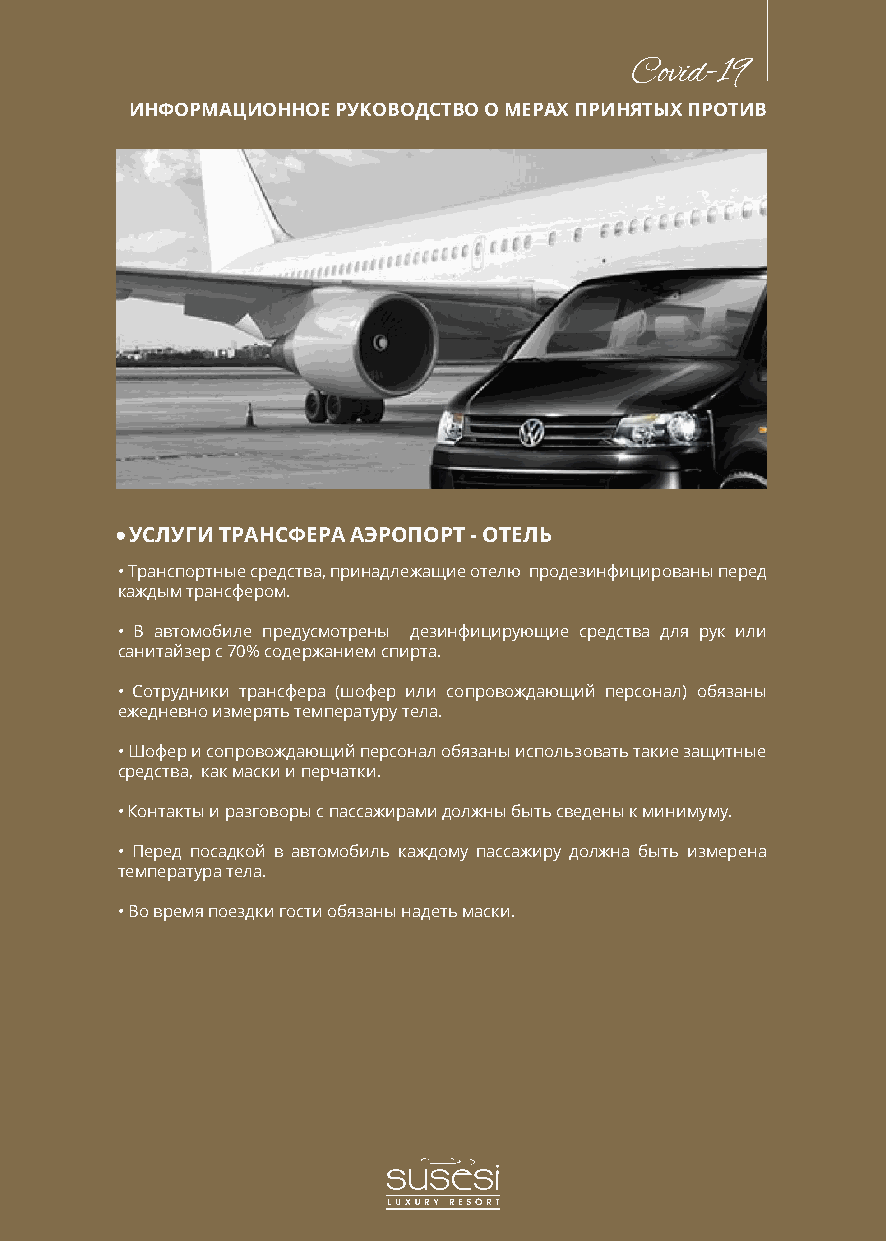
Covid-19
 ИНФОРМАЦИОННОЕ РУКОВОДСТВО О МЕРАХ ПРИНЯТЫХ ПРОТИВ
 УСЛУГИ ТРАНСФЕРА АЭРОПОРТ - ОТЕЛЬ
 • Транспортные средства, принадлежащие отелю продезинфицированы перед
 каждым трансфером.
 • В автомобиле предусмотрены дезинфицирующие средства для рук или
 санитайзер с 70% содержанием спирта.
 • Сотрудники трансфера (шофер или сопровождающий персонал) обязаны
 ежедневно измерять температуру тела.
 • Шофер и сопровождающий персонал обязаны использовать такие защитные
 средства, как маски и перчатки.
 • Контакты и разговоры с пассажирами должны быть сведены к минимуму.
 • Перед посадкой в автомобиль каждому пассажиру должна быть измерена
 температура тела.
 • Во время поездки гости обязаны надеть маски.